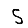
Digit: 5